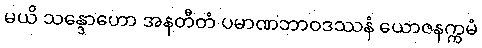
မယိ သန္ဒောဟော အနတီတံ ပမာဏဘာဝဒဿနံ ယောဇနက္ကမံ